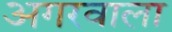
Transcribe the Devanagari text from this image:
अगरवाला